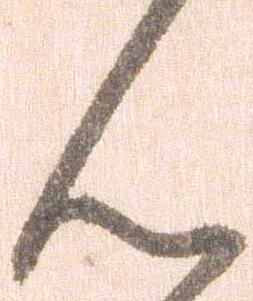
ん